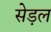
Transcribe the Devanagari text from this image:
सेड़ल